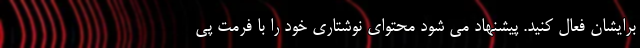
برایشان فعال کنید. پیشنهاد می شود محتوای نوشتاری خود را با فرمت پی